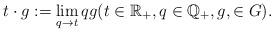
LaTeX: \begin{align*}t\cdot g:=\lim_{q\rightarrow t}qg(t\in \mathbb{R}_{+},q\in \mathbb{Q}_{+},g,\in G). \end{align*}